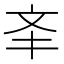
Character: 㪯